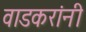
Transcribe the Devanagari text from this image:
वाडकरांनी